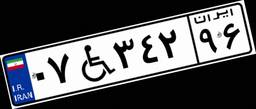
۸۶W۷۳۱۶۰